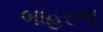
બાહરના